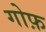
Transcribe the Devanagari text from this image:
गोफ़